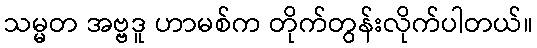
သမ္မတ အဗ္ဗဒူ ဟာမစ်က တိုက်တွန်းလိုက်ပါတယ်။